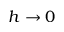
h \rightarrow 0